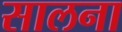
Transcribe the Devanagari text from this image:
सालना